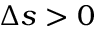
\Delta s > 0